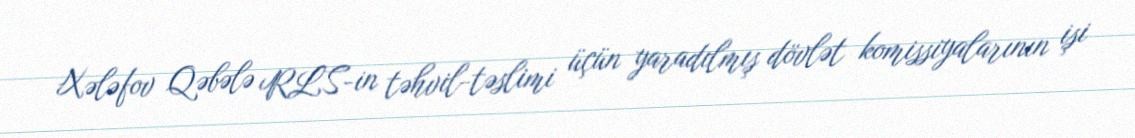
Xələfov Qəbələ RLS-in təhvil-təslimi üçün yaradılmış dövlət komissiyalarının işi